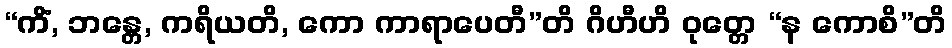
“ကိံ, ဘန္တေ, ကရိယတိ, ကော ကာရာပေတီ”တိ ဂိဟီဟိ ဝုတ္တေ “န ကောစိ”တိ